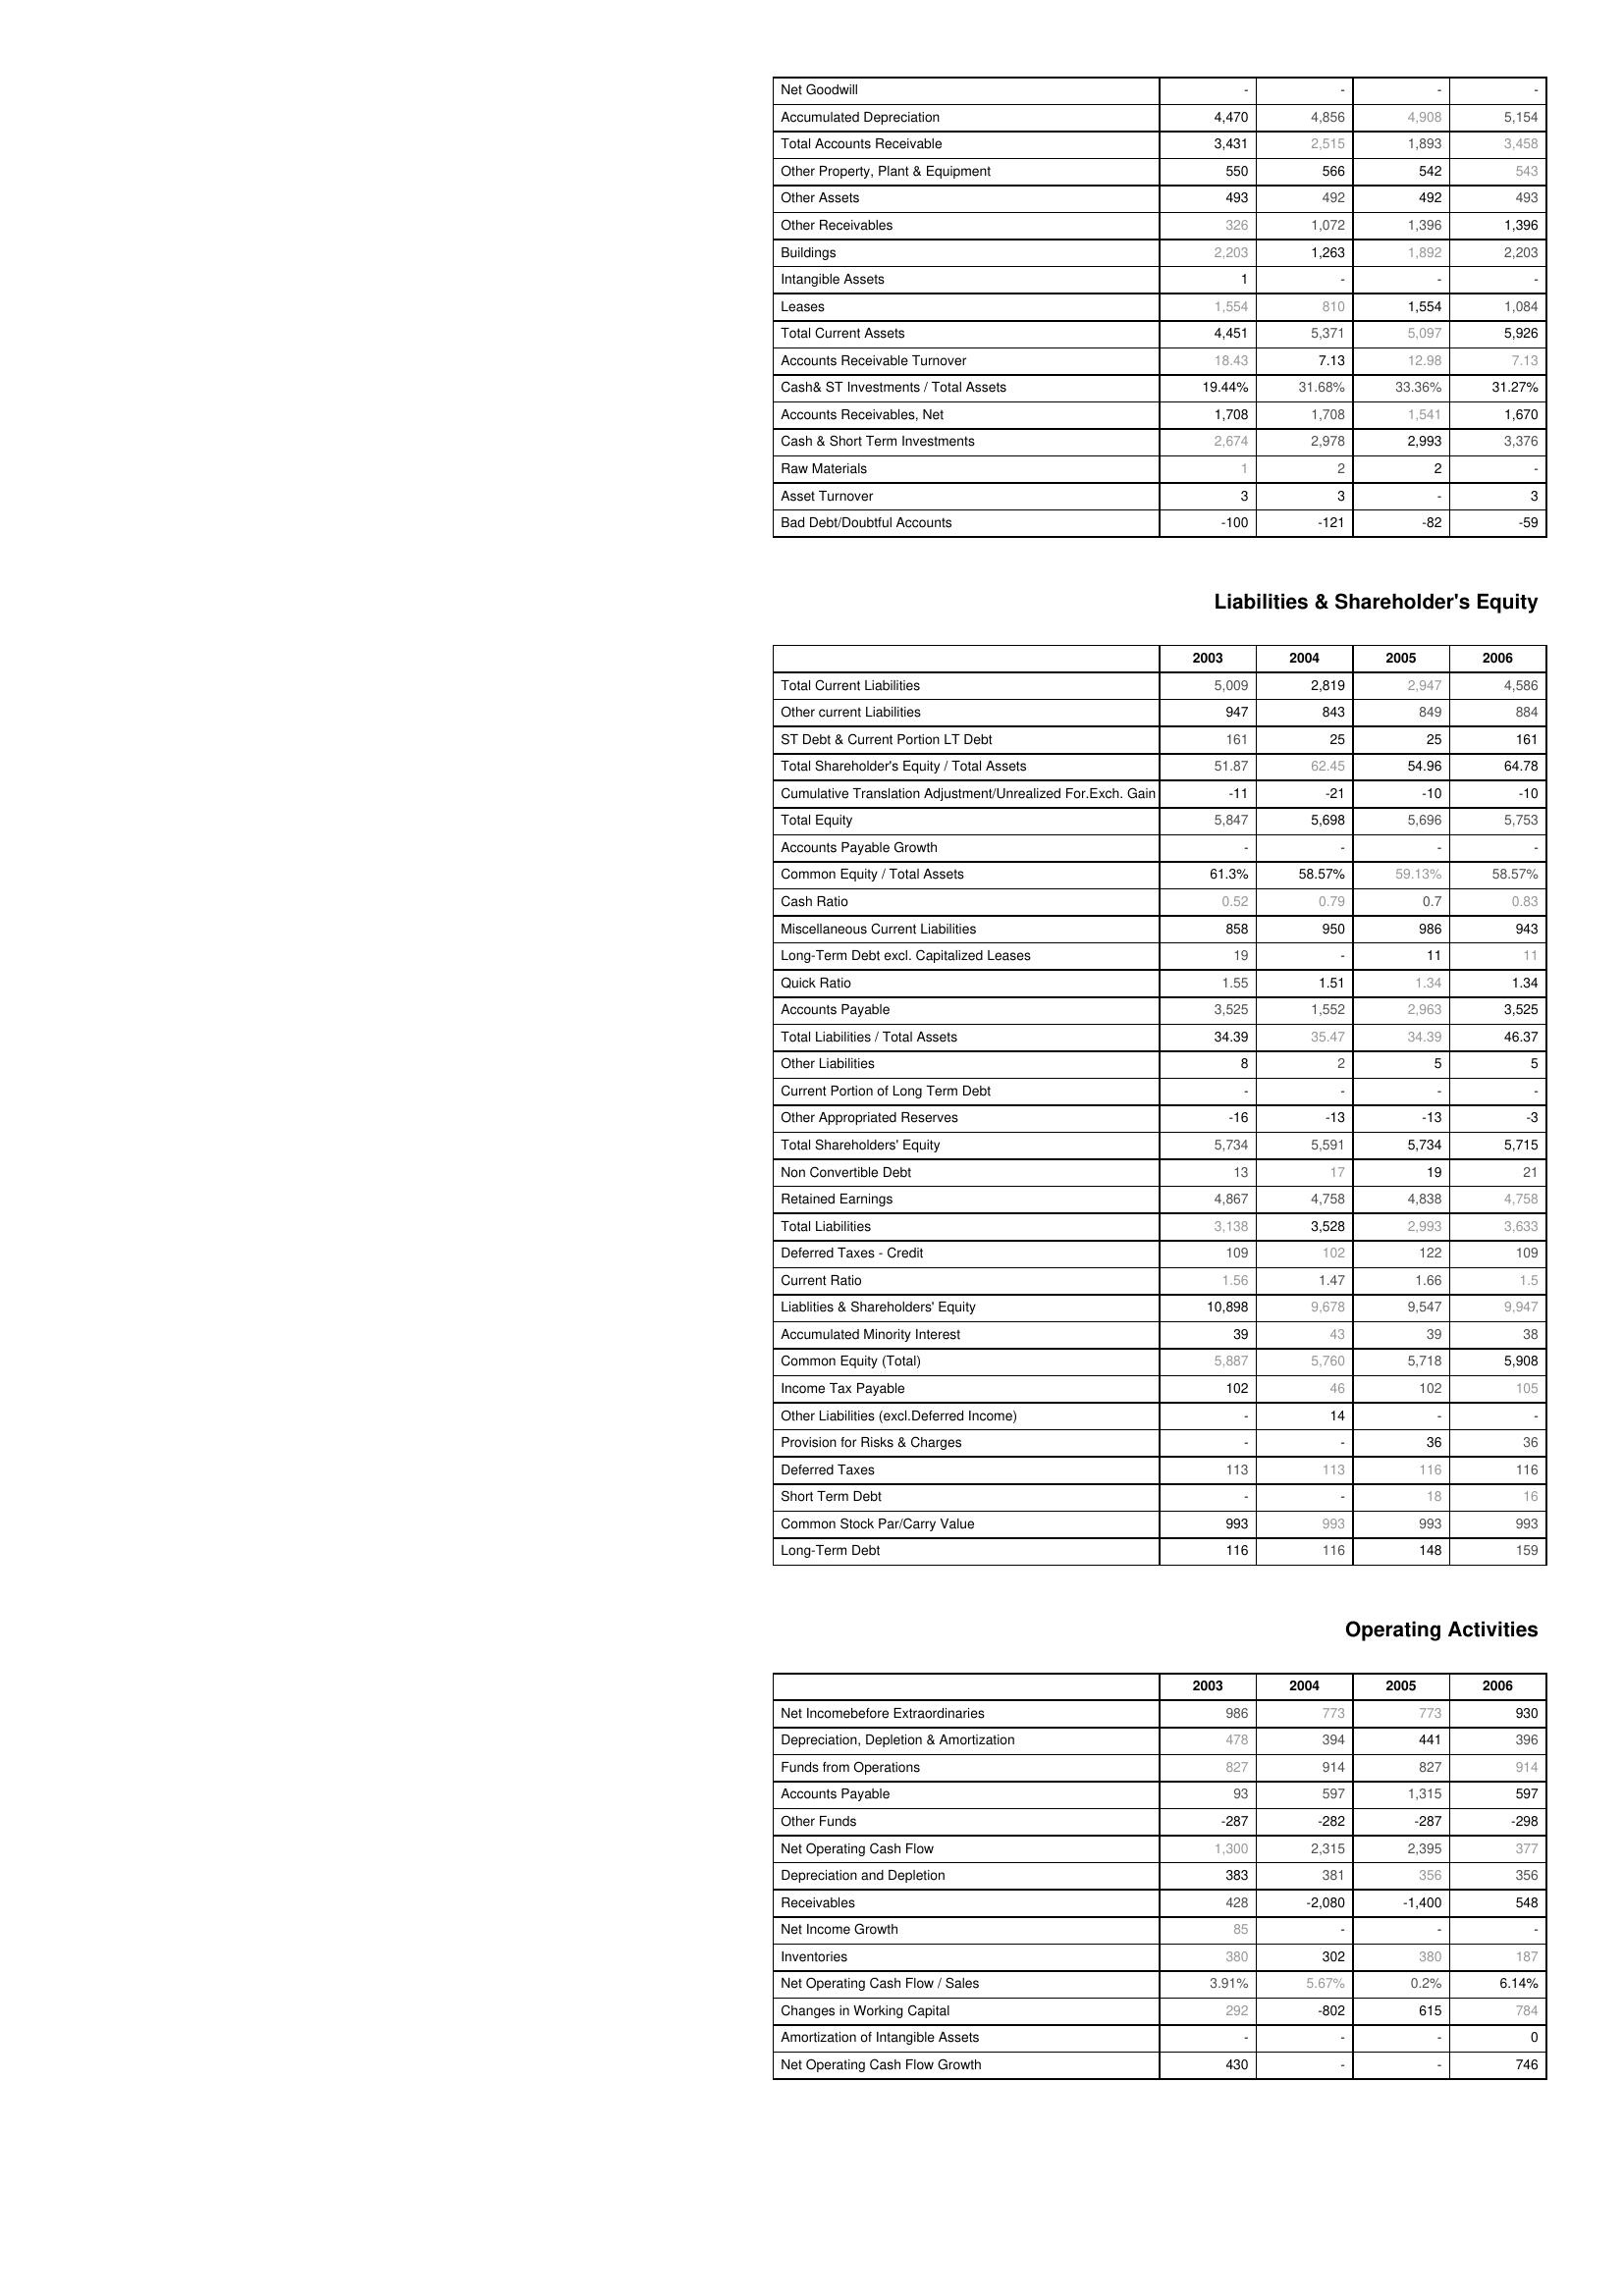
2003: Assets: Net Goodwill: -
Accumulated Depreciation: 4,470
Total Accounts Receivable: 3,431
Other Property, Plant & Equipment: 550
Other Assets: 493
Other Receivables: 326
Buildings: 2,203
Intangible Assets: 1
Leases: 1,554
Total Current Assets: 4,451
Accounts Receivable Turnover: 18.43
Cash& ST Investments / Total Assets: 19.44%
Accounts Receivables, Net: 1,708
Cash & Short Term Investments: 2,674
Raw Materials: 1
Asset Turnover: 3
Bad Debt/Doubtful Accounts: -100
Liabilities & Shareholder's Equity: Total Current Liabilities: 5,009
Other current Liabilities: 947
ST Debt & Current Portion LT Debt: 161
Total Shareholder's Equity / Total Assets: 51.87
Cumulative Translation Adjustment/Unrealized For.Exch. Gain: -11
Total Equity: 5,847
Accounts Payable Growth: -
Common Equity / Total Assets: 61.3%
Cash Ratio: 0.52
Miscellaneous Current Liabilities: 858
Long-Term Debt excl. Capitalized Leases: 19
Quick Ratio: 1.55
Accounts Payable: 3,525
Total Liabilities / Total Assets: 34.39
Other Liabilities: 8
Current Portion of Long Term Debt: -
Other Appropriated Reserves: -16
Total Shareholders' Equity: 5,734
Non Convertible Debt: 13
Retained Earnings: 4,867
Total Liabilities: 3,138
Deferred Taxes - Credit: 109
Current Ratio: 1.56
Liablities & Shareholders' Equity: 10,898
Accumulated Minority Interest: 39
Common Equity (Total): 5,887
Income Tax Payable: 102
Other Liabilities (excl.Deferred Income): -
Provision for Risks & Charges: -
Deferred Taxes: 113
Short Term Debt: -
Common Stock Par/Carry Value: 993
Long-Term Debt: 116
Operating Activities: Net Incomebefore Extraordinaries: 986
Depreciation, Depletion & Amortization: 478
Funds from Operations: 827
Accounts Payable: 93
Other Funds: -287
Net Operating Cash Flow: 1,300
Depreciation and Depletion: 383
Receivables: 428
Net Income Growth: 85
Inventories: 380
Net Operating Cash Flow / Sales: 3.91%
Changes in Working Capital: 292
Amortization of Intangible Assets: -
Net Operating Cash Flow Growth: 430
2004: Assets: Net Goodwill: -
Accumulated Depreciation: 4,856
Total Accounts Receivable: 2,515
Other Property, Plant & Equipment: 566
Other Assets: 492
Other Receivables: 1,072
Buildings: 1,263
Intangible Assets: -
Leases: 810
Total Current Assets: 5,371
Accounts Receivable Turnover: 7.13
Cash& ST Investments / Total Assets: 31.68%
Accounts Receivables, Net: 1,708
Cash & Short Term Investments: 2,978
Raw Materials: 2
Asset Turnover: 3
Bad Debt/Doubtful Accounts: -121
Liabilities & Shareholder's Equity: Total Current Liabilities: 2,819
Other current Liabilities: 843
ST Debt & Current Portion LT Debt: 25
Total Shareholder's Equity / Total Assets: 62.45
Cumulative Translation Adjustment/Unrealized For.Exch. Gain: -21
Total Equity: 5,698
Accounts Payable Growth: -
Common Equity / Total Assets: 58.57%
Cash Ratio: 0.79
Miscellaneous Current Liabilities: 950
Long-Term Debt excl. Capitalized Leases: -
Quick Ratio: 1.51
Accounts Payable: 1,552
Total Liabilities / Total Assets: 35.47
Other Liabilities: 2
Current Portion of Long Term Debt: -
Other Appropriated Reserves: -13
Total Shareholders' Equity: 5,591
Non Convertible Debt: 17
Retained Earnings: 4,758
Total Liabilities: 3,528
Deferred Taxes - Credit: 102
Current Ratio: 1.47
Liablities & Shareholders' Equity: 9,678
Accumulated Minority Interest: 43
Common Equity (Total): 5,760
Income Tax Payable: 46
Other Liabilities (excl.Deferred Income): 14
Provision for Risks & Charges: -
Deferred Taxes: 113
Short Term Debt: -
Common Stock Par/Carry Value: 993
Long-Term Debt: 116
Operating Activities: Net Incomebefore Extraordinaries: 773
Depreciation, Depletion & Amortization: 394
Funds from Operations: 914
Accounts Payable: 597
Other Funds: -282
Net Operating Cash Flow: 2,315
Depreciation and Depletion: 381
Receivables: -2,080
Net Income Growth: -
Inventories: 302
Net Operating Cash Flow / Sales: 5.67%
Changes in Working Capital: -802
Amortization of Intangible Assets: -
Net Operating Cash Flow Growth: -
2005: Assets: Net Goodwill: -
Accumulated Depreciation: 4,908
Total Accounts Receivable: 1,893
Other Property, Plant & Equipment: 542
Other Assets: 492
Other Receivables: 1,396
Buildings: 1,892
Intangible Assets: -
Leases: 1,554
Total Current Assets: 5,097
Accounts Receivable Turnover: 12.98
Cash& ST Investments / Total Assets: 33.36%
Accounts Receivables, Net: 1,541
Cash & Short Term Investments: 2,993
Raw Materials: 2
Asset Turnover: -
Bad Debt/Doubtful Accounts: -82
Liabilities & Shareholder's Equity: Total Current Liabilities: 2,947
Other current Liabilities: 849
ST Debt & Current Portion LT Debt: 25
Total Shareholder's Equity / Total Assets: 54.96
Cumulative Translation Adjustment/Unrealized For.Exch. Gain: -10
Total Equity: 5,696
Accounts Payable Growth: -
Common Equity / Total Assets: 59.13%
Cash Ratio: 0.7
Miscellaneous Current Liabilities: 986
Long-Term Debt excl. Capitalized Leases: 11
Quick Ratio: 1.34
Accounts Payable: 2,963
Total Liabilities / Total Assets: 34.39
Other Liabilities: 5
Current Portion of Long Term Debt: -
Other Appropriated Reserves: -13
Total Shareholders' Equity: 5,734
Non Convertible Debt: 19
Retained Earnings: 4,838
Total Liabilities: 2,993
Deferred Taxes - Credit: 122
Current Ratio: 1.66
Liablities & Shareholders' Equity: 9,547
Accumulated Minority Interest: 39
Common Equity (Total): 5,718
Income Tax Payable: 102
Other Liabilities (excl.Deferred Income): -
Provision for Risks & Charges: 36
Deferred Taxes: 116
Short Term Debt: 18
Common Stock Par/Carry Value: 993
Long-Term Debt: 148
Operating Activities: Net Incomebefore Extraordinaries: 773
Depreciation, Depletion & Amortization: 441
Funds from Operations: 827
Accounts Payable: 1,315
Other Funds: -287
Net Operating Cash Flow: 2,395
Depreciation and Depletion: 356
Receivables: -1,400
Net Income Growth: -
Inventories: 380
Net Operating Cash Flow / Sales: 0.2%
Changes in Working Capital: 615
Amortization of Intangible Assets: -
Net Operating Cash Flow Growth: -
2006: Assets: Net Goodwill: -
Accumulated Depreciation: 5,154
Total Accounts Receivable: 3,458
Other Property, Plant & Equipment: 543
Other Assets: 493
Other Receivables: 1,396
Buildings: 2,203
Intangible Assets: -
Leases: 1,084
Total Current Assets: 5,926
Accounts Receivable Turnover: 7.13
Cash& ST Investments / Total Assets: 31.27%
Accounts Receivables, Net: 1,670
Cash & Short Term Investments: 3,376
Raw Materials: -
Asset Turnover: 3
Bad Debt/Doubtful Accounts: -59
Liabilities & Shareholder's Equity: Total Current Liabilities: 4,586
Other current Liabilities: 884
ST Debt & Current Portion LT Debt: 161
Total Shareholder's Equity / Total Assets: 64.78
Cumulative Translation Adjustment/Unrealized For.Exch. Gain: -10
Total Equity: 5,753
Accounts Payable Growth: -
Common Equity / Total Assets: 58.57%
Cash Ratio: 0.83
Miscellaneous Current Liabilities: 943
Long-Term Debt excl. Capitalized Leases: 11
Quick Ratio: 1.34
Accounts Payable: 3,525
Total Liabilities / Total Assets: 46.37
Other Liabilities: 5
Current Portion of Long Term Debt: -
Other Appropriated Reserves: -3
Total Shareholders' Equity: 5,715
Non Convertible Debt: 21
Retained Earnings: 4,758
Total Liabilities: 3,633
Deferred Taxes - Credit: 109
Current Ratio: 1.5
Liablities & Shareholders' Equity: 9,947
Accumulated Minority Interest: 38
Common Equity (Total): 5,908
Income Tax Payable: 105
Other Liabilities (excl.Deferred Income): -
Provision for Risks & Charges: 36
Deferred Taxes: 116
Short Term Debt: 16
Common Stock Par/Carry Value: 993
Long-Term Debt: 159
Operating Activities: Net Incomebefore Extraordinaries: 930
Depreciation, Depletion & Amortization: 396
Funds from Operations: 914
Accounts Payable: 597
Other Funds: -298
Net Operating Cash Flow: 377
Depreciation and Depletion: 356
Receivables: 548
Net Income Growth: -
Inventories: 187
Net Operating Cash Flow / Sales: 6.14%
Changes in Working Capital: 784
Amortization of Intangible Assets: 0
Net Operating Cash Flow Growth: 746